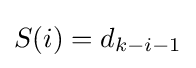
S(i)=d_{k-i-1}